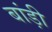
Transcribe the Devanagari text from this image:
बांड़ी